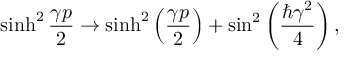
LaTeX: \sinh ^ { 2 } \frac { \gamma p } { 2 } \rightarrow \sinh ^ { 2 } \left( \frac { \gamma p } { 2 } \right) + \sin ^ { 2 } \left( \frac { \hbar \gamma ^ { 2 } } { 4 } \right) ,